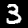
Label: 3